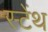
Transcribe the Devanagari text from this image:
स्‍टेंथ